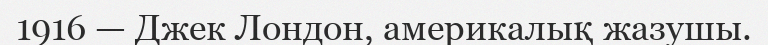
1916 — Джек Лондон, америкалық жазушы.